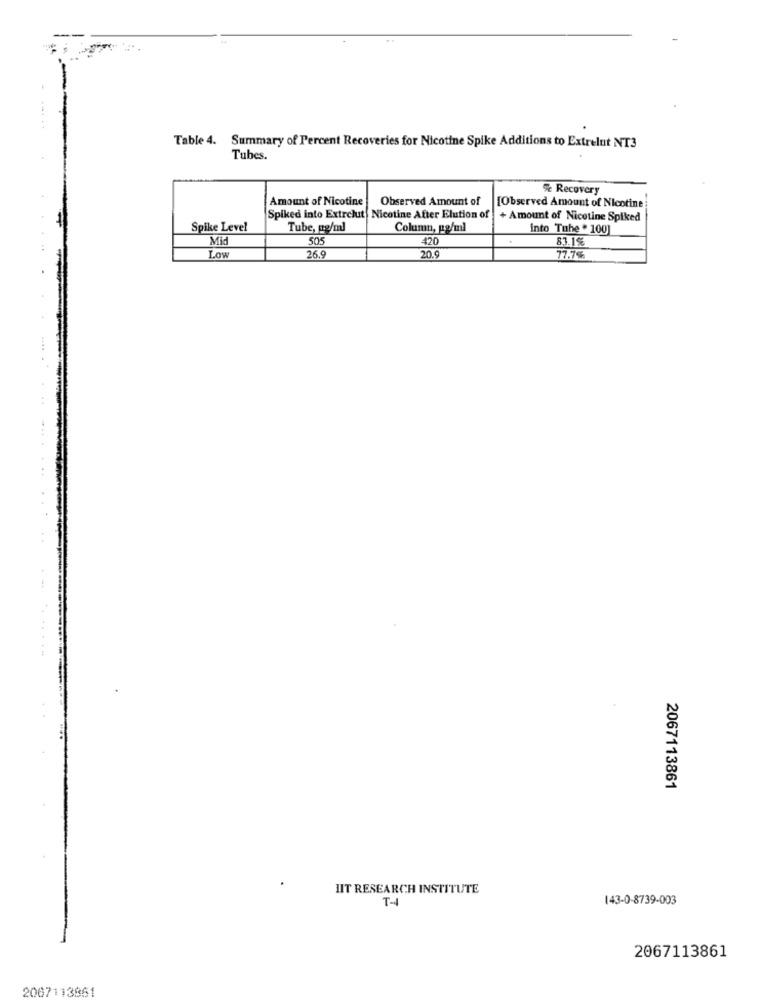
---...
Table 4. Summary of Percent Recoveries for Nicotine Spike Additions to Extrelut NT3
Tubes.
% Recovery
Amount of Nicotine
Observed Amount of
[Observed Amount of Nicotine
Spiked into Extrelut Nicotine After Elution of
+ Amount of Nicotine Spiked
Spike Level
Tube, po/ml
Column, pg/ml
into Tuhe . 100]
Mid
505
420
.
83.1%
Low
26.9
20.9
77.7%
2067113861
HIT RESEARCH INSTITUTE
T-44
143-0-8739-003
2067113861
2007113861